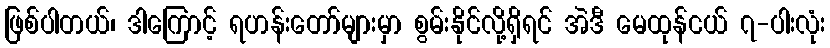
ဖြစ်ပါတယ်၊ ဒါကြောင့် ရဟန်းတော်များမှာ စွမ်းနိုင်လို့ရှိရင် အဲဒီ မေထုန်ငယ် ၇-ပါးလုံး